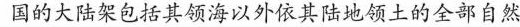
国的大陆架包括其领海以外依其陆地领土的全部自然